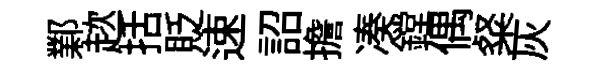
鄴趑括貶速詔擔凑鏜偶粲灰